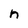
Character: n